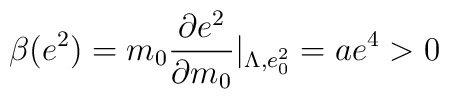
\beta(e^{2})=m_{0}\frac{\partial e^{2}}{\partial m_{0}}|_{\Lambda,e^{2}_{0}}=ae^{4}>0